Calcutta medical institutions reports 1871-78
Year: 1871
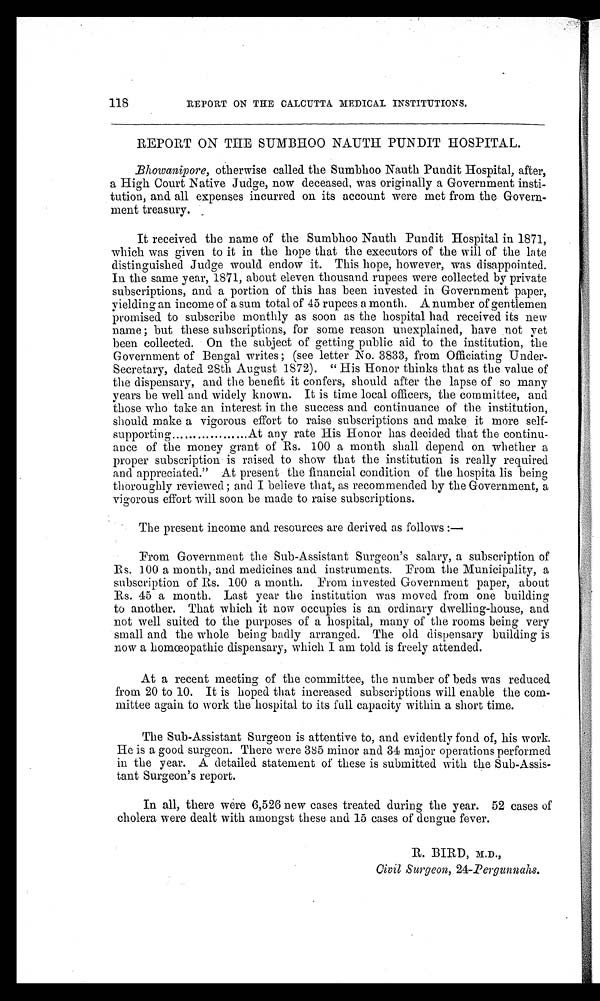
118
REPORT ON THE CALCUTTA MEDICAL INSTITUTIONS.
REPORT ON THE SUMBHOO NAUTH PUNDIT HOSPITAL.
Bhowanipore, otherwise called the Sumbhoo Nauth Pundit Hospital, after,
a High Court Native Judge, now deceased, was originally a Government insti-
tution, and all expenses incurred on its account were met from the Govern-
ment treasury.
It received the name of the Sumbhoo Nauth Pundit Hospital in 1871,
which was given to it in the hope that the executors of the will of the late
distinguished Judge would endow it. This hope, however, was disappointed.
In the same year, 1871, about eleven thousand rupees were collected by private
subscriptions, and a portion of this has been invested in Government paper,
yielding an income of a sum total of 45 rupees a month. A number of gentlemen
promised to subscribe monthly as soon as the hospital had received its new
name ; but these subscriptions, for some reason unexplained, have not yet
been collected. On the subject of getting public aid to the institution, the
Government of Bengal writes ; (see letter No. 3833, from Officiating Under-
Secretary, dated 28th August 1872). " His Honor thinks that as the value of
the dispensary, and the benefit it confers, should after the lapse of so many
years be well and widely known. It is time local officers, the committee, and
those who take an interest in the success and continuance of the institution,
should make a vigorous effort to raise subscriptions and make it more self-
supporting ..................At any rate His Honor has decided that the continu-
ance of the money grant of Rs. 100 a month shall depend on whether a
proper subscription is raised to show that the institution is really required
and appreciated." At present the financial condition of the hospita lis being
thoroughly reviewed ; and I believe that, as recommended by the Government, a
vigorous effort will soon be made to raise subscriptions.
The present income and resources are derived as follows :—
From Government the Sub-Assistant Surgeon's salary, a subscription of
Rs. 100 a month, and medicines and instruments. From the Municipality, a
subscription of Rs. 100 a month. From invested Government paper, about
Rs. 45 a month. Last year the institution was moved from one building
to another. That which it now occupies is an ordinary dwelling-house, and
not well suited to the purposes of a hospital, many of the rooms being very
small and the whole being badly arranged. The old dispensary building is
now a homœopathic dispensary, which I am told is freely attended.
At a recent meeting of the committee, the number of beds was reduced
from 20 to 10. It is hoped that increased subscriptions will enable the com-
mittee again to work the hospital to its full capacity within a short time.
The Sub-Assistant Surgeon is attentive to, and evidently fond of, his work.
He is a good surgeon. There were 385 minor and 34 major operations performed
in the year. A detailed statement of these is submitted with the Sub-Assis-
tant Surgeon's report.
In all, there were 6,526 new cases treated during the year. 52 cases of
cholera were dealt with amongst these and 15 cases of dengue fever.
R. BIRD, M.D.,
Civil Surgeon, 24-Pergunnahs .